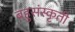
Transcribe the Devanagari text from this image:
बहुसंस्कृती